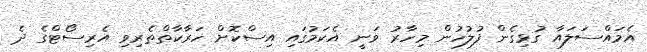
އެމައްސަލައާ ގުޅިގެން ފުލުހުން މިހާރު ވަނީ އެކަމުގައި އިސްކޮށް ހަރާކާތްތެރިވި އެރިސޯޓްގެ ދެ